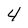
Character: 4